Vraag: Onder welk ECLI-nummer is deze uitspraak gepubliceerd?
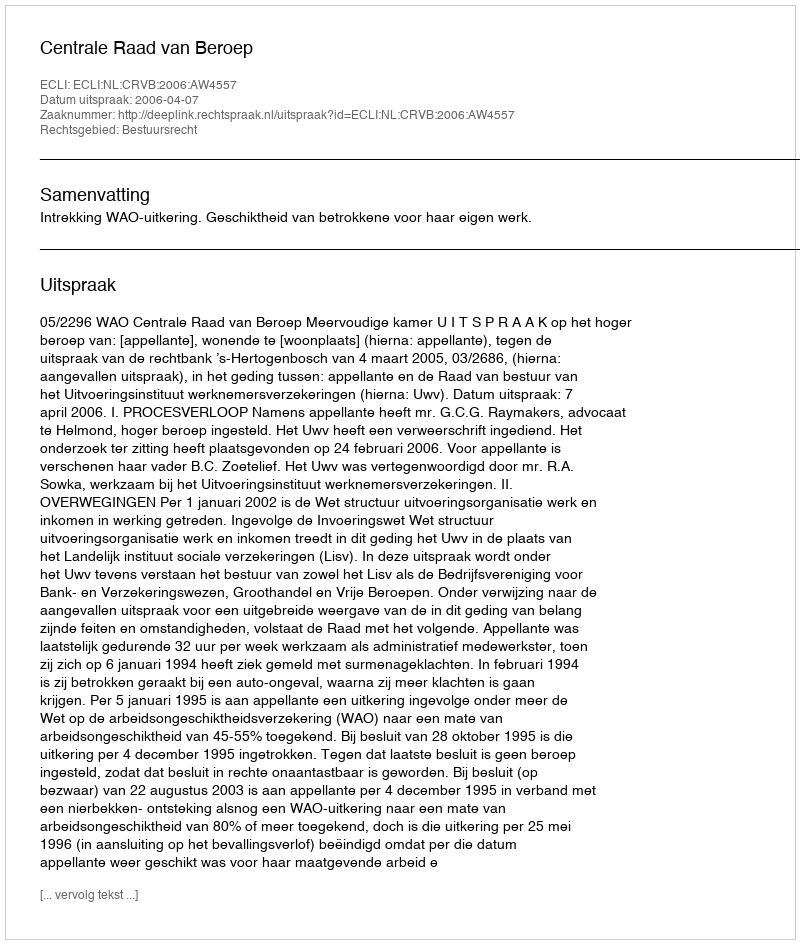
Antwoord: ECLI:NL:CRVB:2006:AW4557